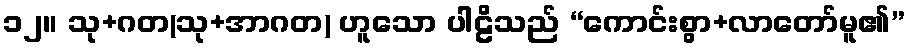
၁၂။ သု+ဂတ(သု+အာဂတ) ဟူသော ပါဠိသည် “ကောင်းစွာ+လာတော်မူ၏”